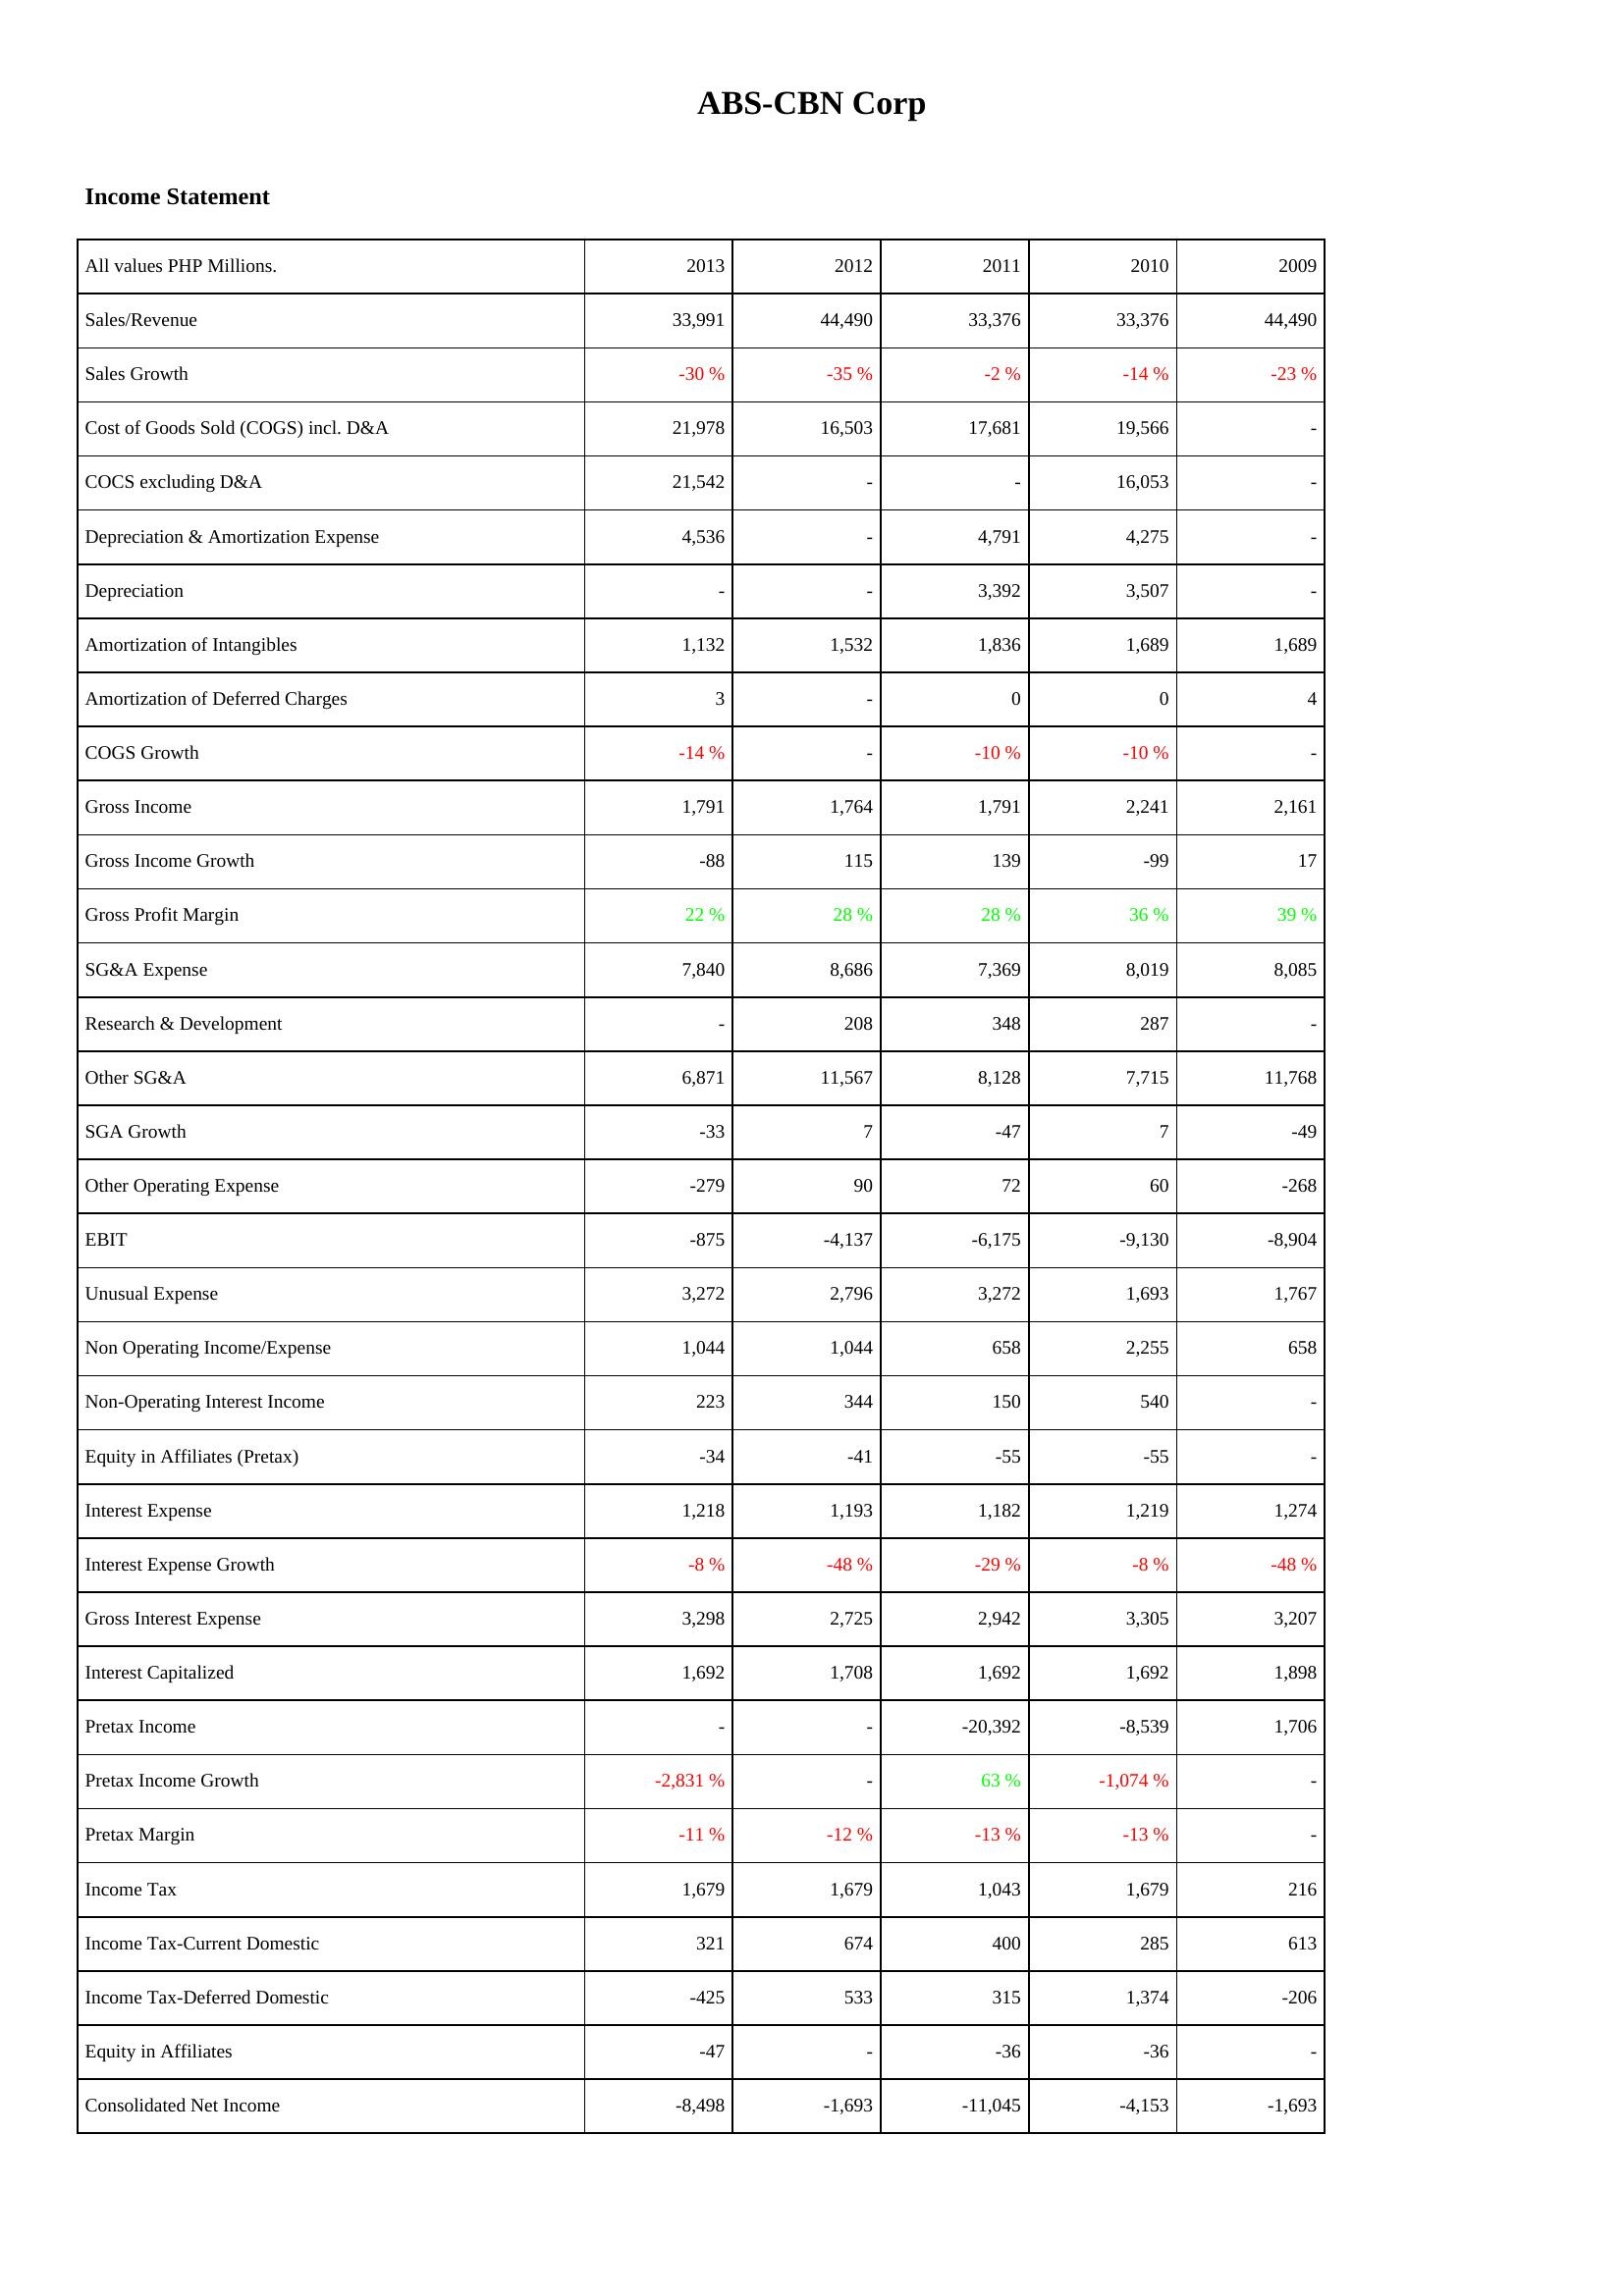
2013: Income Statement: Sales/Revenue: 33,991
Sales Growth: -30 %
Cost of Goods Sold (COGS) incl. D&A: 21,978
COCS excluding D&A: 21,542
Depreciation & Amortization Expense: 4,536
Depreciation: -
Amortization of Intangibles: 1,132
Amortization of Deferred Charges: 3
COGS Growth: -14 %
Gross Income: 1,791
Gross Income Growth: -88
Gross Profit Margin: 22 %
SG&A Expense: 7,840
Research & Development: -
Other SG&A: 6,871
SGA Growth: -33
Other Operating Expense: -279
EBIT: -875
Unusual Expense: 3,272
Non Operating Income/Expense: 1,044
Non-Operating Interest Income: 223
Equity in Affiliates (Pretax): -34
Interest Expense: 1,218
Interest Expense Growth: -8 %
Gross Interest Expense: 3,298
Interest Capitalized: 1,692
Pretax Income: -
Pretax Income Growth: -2,831 %
Pretax Margin: -11 %
Income Tax: 1,679
Income Tax-Current Domestic: 321
Income Tax-Deferred Domestic: -425
Equity in Affiliates: -47
Consolidated Net Income: -8,498
2012: Income Statement: Sales/Revenue: 44,490
Sales Growth: -35 %
Cost of Goods Sold (COGS) incl. D&A: 16,503
COCS excluding D&A: -
Depreciation & Amortization Expense: -
Depreciation: -
Amortization of Intangibles: 1,532
Amortization of Deferred Charges: -
COGS Growth: -
Gross Income: 1,764
Gross Income Growth: 115
Gross Profit Margin: 28 %
SG&A Expense: 8,686
Research & Development: 208
Other SG&A: 11,567
SGA Growth: 7
Other Operating Expense: 90
EBIT: -4,137
Unusual Expense: 2,796
Non Operating Income/Expense: 1,044
Non-Operating Interest Income: 344
Equity in Affiliates (Pretax): -41
Interest Expense: 1,193
Interest Expense Growth: -48 %
Gross Interest Expense: 2,725
Interest Capitalized: 1,708
Pretax Income: -
Pretax Income Growth: -
Pretax Margin: -12 %
Income Tax: 1,679
Income Tax-Current Domestic: 674
Income Tax-Deferred Domestic: 533
Equity in Affiliates: -
Consolidated Net Income: -1,693
2011: Income Statement: Sales/Revenue: 33,376
Sales Growth: -2 %
Cost of Goods Sold (COGS) incl. D&A: 17,681
COCS excluding D&A: -
Depreciation & Amortization Expense: 4,791
Depreciation: 3,392
Amortization of Intangibles: 1,836
Amortization of Deferred Charges: 0
COGS Growth: -10 %
Gross Income: 1,791
Gross Income Growth: 139
Gross Profit Margin: 28 %
SG&A Expense: 7,369
Research & Development: 348
Other SG&A: 8,128
SGA Growth: -47
Other Operating Expense: 72
EBIT: -6,175
Unusual Expense: 3,272
Non Operating Income/Expense: 658
Non-Operating Interest Income: 150
Equity in Affiliates (Pretax): -55
Interest Expense: 1,182
Interest Expense Growth: -29 %
Gross Interest Expense: 2,942
Interest Capitalized: 1,692
Pretax Income: -20,392
Pretax Income Growth: 63 %
Pretax Margin: -13 %
Income Tax: 1,043
Income Tax-Current Domestic: 400
Income Tax-Deferred Domestic: 315
Equity in Affiliates: -36
Consolidated Net Income: -11,045
2010: Income Statement: Sales/Revenue: 33,376
Sales Growth: -14 %
Cost of Goods Sold (COGS) incl. D&A: 19,566
COCS excluding D&A: 16,053
Depreciation & Amortization Expense: 4,275
Depreciation: 3,507
Amortization of Intangibles: 1,689
Amortization of Deferred Charges: 0
COGS Growth: -10 %
Gross Income: 2,241
Gross Income Growth: -99
Gross Profit Margin: 36 %
SG&A Expense: 8,019
Research & Development: 287
Other SG&A: 7,715
SGA Growth: 7
Other Operating Expense: 60
EBIT: -9,130
Unusual Expense: 1,693
Non Operating Income/Expense: 2,255
Non-Operating Interest Income: 540
Equity in Affiliates (Pretax): -55
Interest Expense: 1,219
Interest Expense Growth: -8 %
Gross Interest Expense: 3,305
Interest Capitalized: 1,692
Pretax Income: -8,539
Pretax Income Growth: -1,074 %
Pretax Margin: -13 %
Income Tax: 1,679
Income Tax-Current Domestic: 285
Income Tax-Deferred Domestic: 1,374
Equity in Affiliates: -36
Consolidated Net Income: -4,153
2009: Income Statement: Sales/Revenue: 44,490
Sales Growth: -23 %
Cost of Goods Sold (COGS) incl. D&A: -
COCS excluding D&A: -
Depreciation & Amortization Expense: -
Depreciation: -
Amortization of Intangibles: 1,689
Amortization of Deferred Charges: 4
COGS Growth: -
Gross Income: 2,161
Gross Income Growth: 17
Gross Profit Margin: 39 %
SG&A Expense: 8,085
Research & Development: -
Other SG&A: 11,768
SGA Growth: -49
Other Operating Expense: -268
EBIT: -8,904
Unusual Expense: 1,767
Non Operating Income/Expense: 658
Non-Operating Interest Income: -
Equity in Affiliates (Pretax): -
Interest Expense: 1,274
Interest Expense Growth: -48 %
Gross Interest Expense: 3,207
Interest Capitalized: 1,898
Pretax Income: 1,706
Pretax Income Growth: -
Pretax Margin: -
Income Tax: 216
Income Tax-Current Domestic: 613
Income Tax-Deferred Domestic: -206
Equity in Affiliates: -
Consolidated Net Income: -1,693